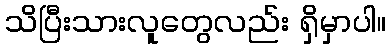
သိပြီးသားလူတွေလည်း ရှိမှာပါ။